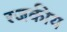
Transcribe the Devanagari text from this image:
रजकीय